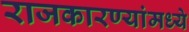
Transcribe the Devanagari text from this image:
राजकारण्यांमध्ये